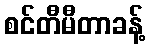
စင်တီမီတာခန့်